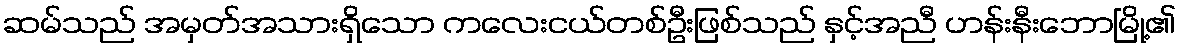
ဆမ်သည် အမှတ်အသားရှိသော ကလေးငယ်တစ်ဦးဖြစ်သည် နှင့်အညီ ဟန်းနီးဘောမြို့၏